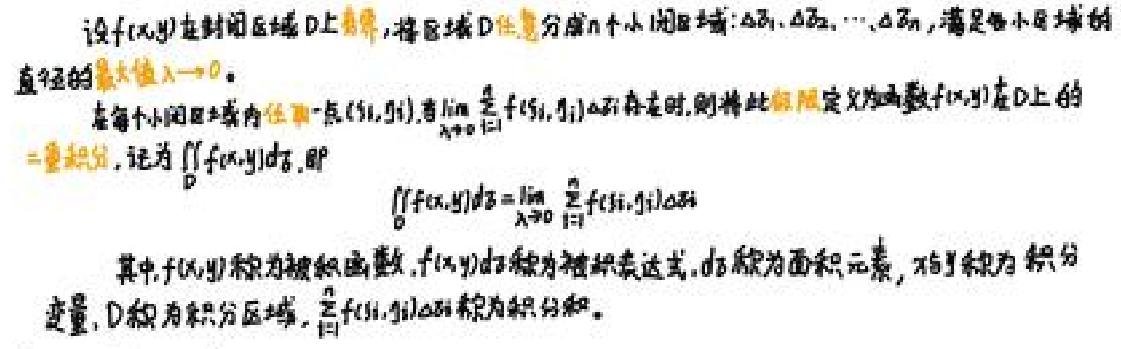
设$f(x,y)$在封闭区域$D$上有界，将区域$D$任意分成$n$个小闭区域：$\Delta\sigma_1,\Delta\sigma_2,\cdots,\Delta\sigma_n$，满足各小区域的直径的最大值$\lambda\rightarrow0$。

在每个小闭区域内任取一点$(\xi_i,\eta_i)$，当$\lim\limits_{\lambda\rightarrow0}\sum_{i = 1}^{n}f(\xi_i,\eta_i)\Delta\sigma_i$存在时，则将此极限定义为函数$f(x,y)$在$D$上的二重积分，记为$\iint_{D}f(x,y)d\sigma$，即
\[
\iint_{D}f(x,y)d\sigma=\lim\limits_{\lambda\rightarrow0}\sum_{i = 1}^{n}f(\xi_i,\eta_i)\Delta\sigma_i
\]

其中，$f(x,y)$称为被积函数，$f(x,y)d\sigma$称为被积表达式，$d\sigma$称为面积元素，$x,y$称为积分变量，$D$称为积分区域，$\sum_{i = 1}^{n}f(\xi_i,\eta_i)\Delta\sigma_i$称为积分和。